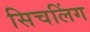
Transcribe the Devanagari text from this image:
सिचलिंग